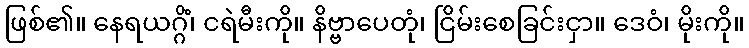
ဖြစ်၏။ နေရယဂ္ဂိံ၊ ငရဲမီးကို။ နိဗ္ဗာပေတုံ၊ ငြိမ်းစေခြင်းငှာ။ ဒေဝံ၊ မိုးကို။